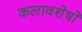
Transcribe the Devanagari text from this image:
कलावशेषों